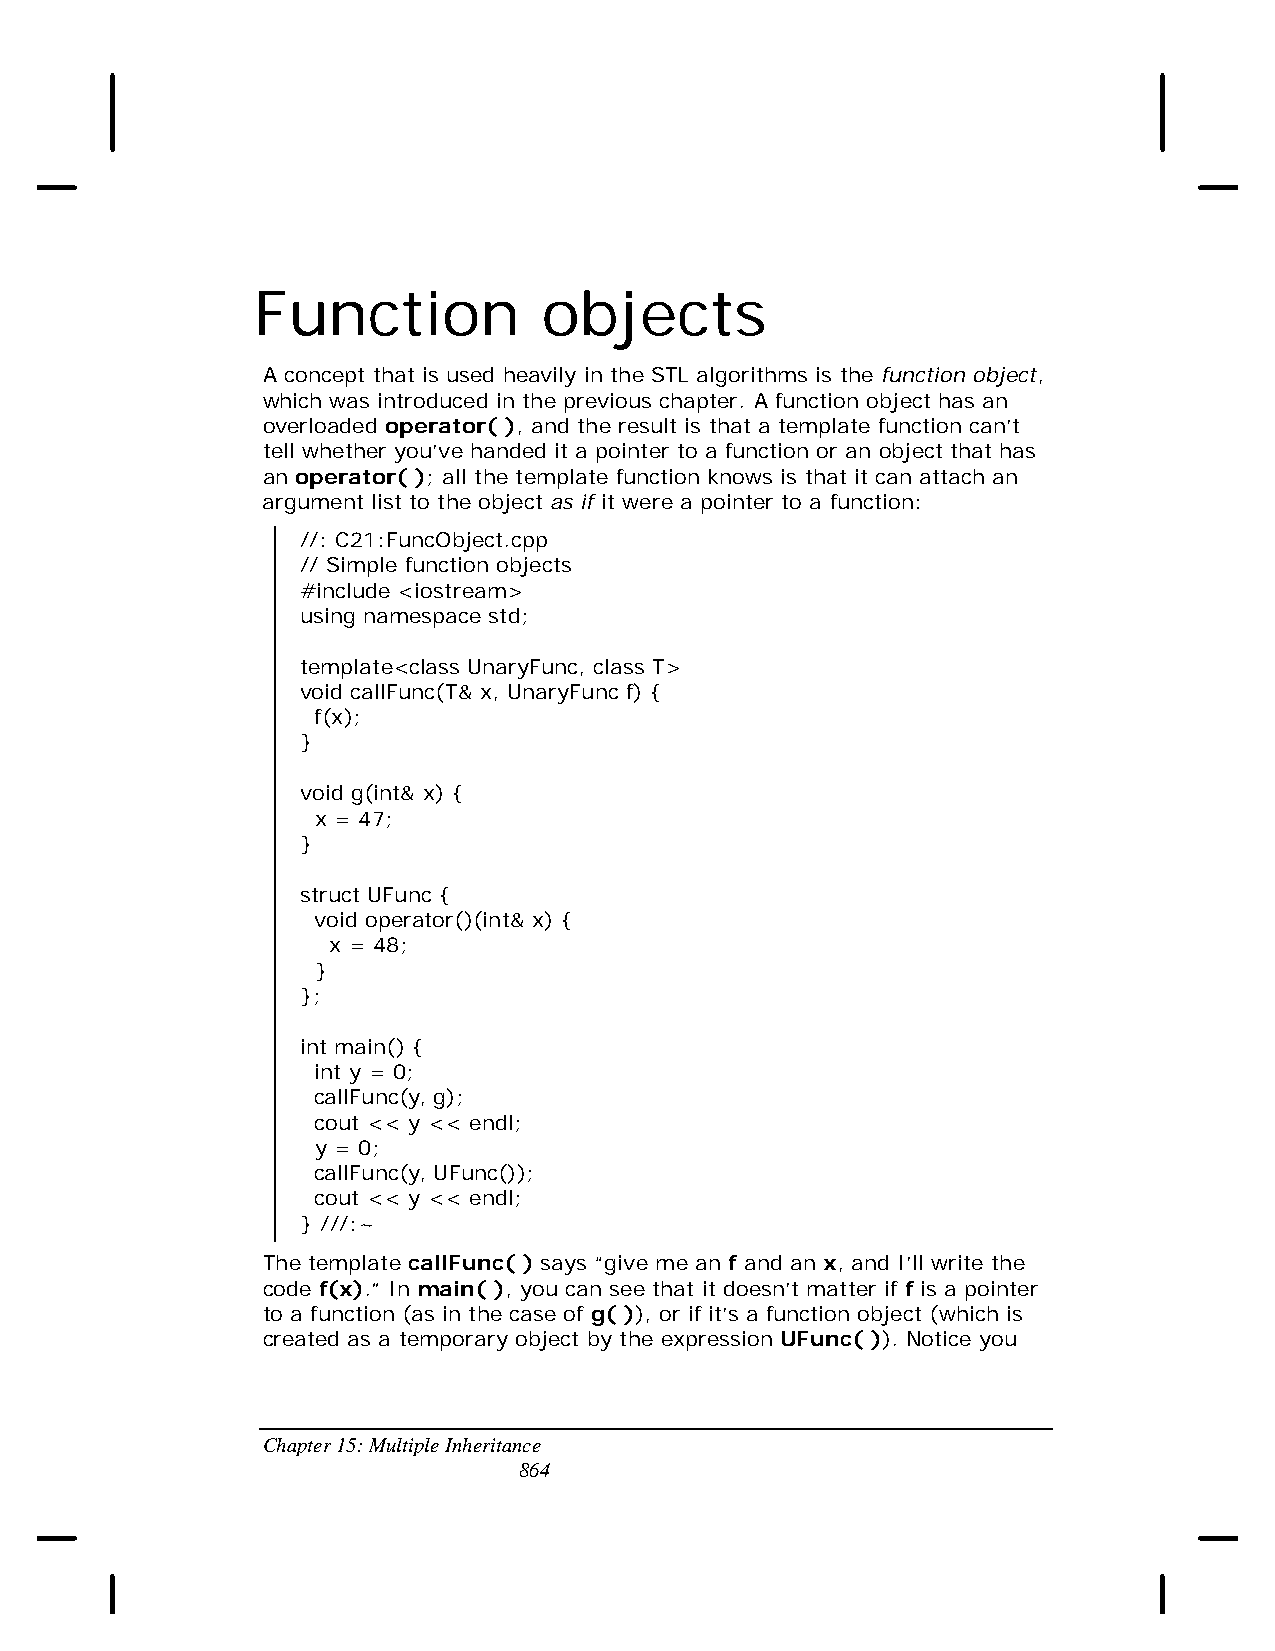
Function           objects
 A concept that is used heavily in the STL algorithms is the function object,
 which was introduced in the previous chapter. A function object has an
 overloaded operator( ), and the result is that a template function can’t
 tell whether you’ve handed it a pointer to a function or an object that has
 an operator( ); all the template function knows is that it can attach an
 argument list to the object as if it were a pointer to a function:
 //: C21:FuncObject.cpp
 // Simple function objects
 #include <iostream>
 using namespace std;
 template<class UnaryFunc, class T>
 void callFunc(T& x, UnaryFunc f) {
 f(x);
 }
 void g(int& x) {
 x = 47;
 }
 struct UFunc {
 void operator()(int& x) {
 x = 48;
 }
 };
 int main() {
 int y = 0;
 callFunc(y, g);
 cout << y << endl;
 y = 0;
 callFunc(y, UFunc());
 cout << y << endl;
 } ///:~
 The template callFunc( ) says “give me an f and an x, and I’ll write the
 code f(x).” In main( ), you can see that it doesn’t matter if f is a pointer
 to a function (as in the case of g( )), or if it’s a function object (which is
 created as a temporary object by the expression UFunc( )). Notice you
 Chapter 15: Multiple Inheritance
 864